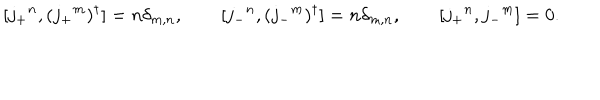
[ j _ { + } { } ^ { n } , ( j _ { + } { } ^ { m } ) ^ { \dagger } ] = n \delta _ { m , n } , \qquad [ j _ { - } { } ^ { n } , ( j _ { - } { } ^ { m } ) ^ { \dagger } ] = n \delta _ { m , n } , \qquad [ j _ { + } { } ^ { n } , j _ { - } { } ^ { m } ] = 0 .